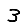
Digit: 3